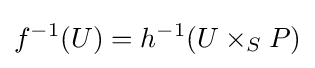
f^{-1}(U)=h^{-1}(U\times _{S}P)